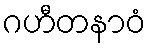
ဂဟီတနာဝံ